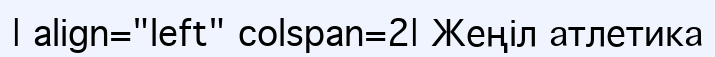
| align="left" colspan=2| Жеңіл атлетика